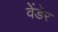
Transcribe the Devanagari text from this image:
वेंडेर